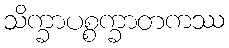
သိက္ခာပစ္စက္ခာတကဿ